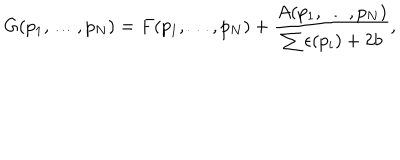
LaTeX: G ( p _ { 1 } , \ldots , p _ { N } ) = F ( p _ { 1 } , \ldots , p _ { N } ) + { \frac { A ( p _ { 1 } , \ldots , p _ { N } ) } { \sum \epsilon ( p _ { i } ) + 2 b } } ,